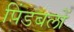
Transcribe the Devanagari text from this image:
पिंडबलों